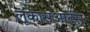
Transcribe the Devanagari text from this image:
लूकासआर्टस